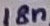
Text: 18n